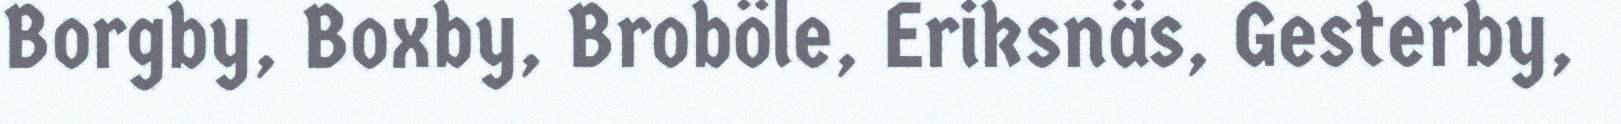
Borgby, Boxby, Broböle, Eriksnäs, Gesterby,